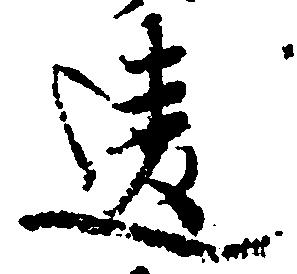
違